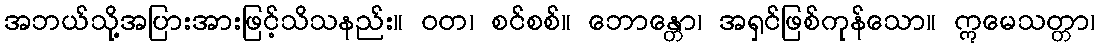
အဘယ်သို့အပြားအားဖြင့်သိသနည်း။ ဝတ၊ စင်စစ်။ ဘောန္တော၊ အရှင်ဖြစ်ကုန်သော။ ဣမေသတ္တာ၊